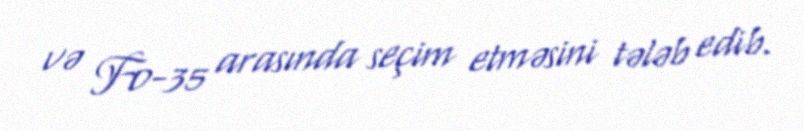
və F0-35 arasında seçim etməsini tələb edib.